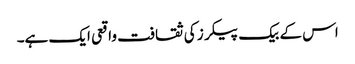
اس کے بیک پیکرز کی ثقافت واقعی ایک ہے۔